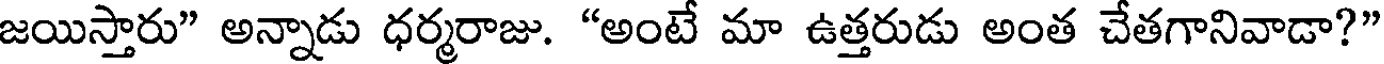
జయిస్తారు" అన్నాడు ధర్మరాజు. "అంటే మా ఉత్తరుడు అంత చేతగానివాడా?"